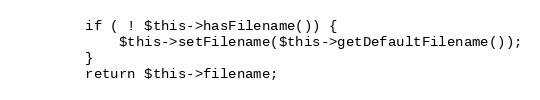
Language: PHP
        if ( ! $this->hasFilename()) {
            $this->setFilename($this->getDefaultFilename());
        }
        return $this->filename;